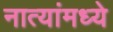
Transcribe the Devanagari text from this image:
नात्यांमध्ये